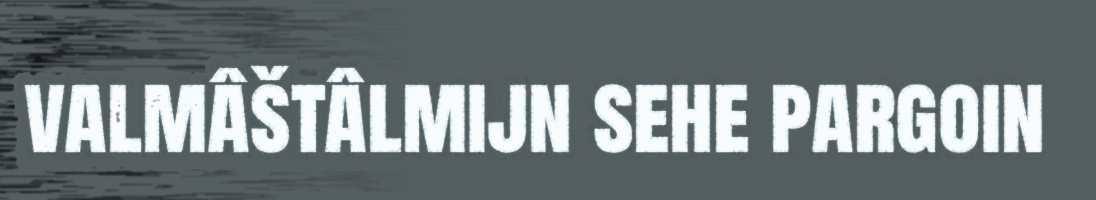
valmâštâlmijn sehe pargoin